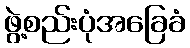
ဖွဲ့စည်းပုံအခြေခံ